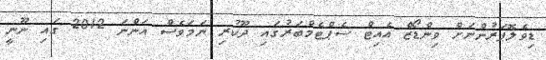
ޑިވެލޮޕަރުންނަށް ވިންޑޯޒް އެއިޓް ސެޕްޓެމްބަރުގައި ދޫކުރި ނަމަވެސް އަންނަ 2012 ގައި ނޫނީ